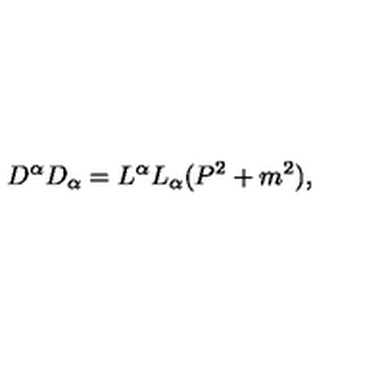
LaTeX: D ^ { \alpha } D _ { \alpha } = L ^ { \alpha } L _ { \alpha } ( P ^ { 2 } + m ^ { 2 } ) ,